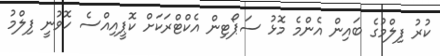
ކުރު ފިލްމުގެ ބައިން އެންމެ މޮޅު ސަޕޯޓިން އެކްޓްރަކަށް ކޮޕީއިއްސެ ހޮވުނީ ފިލްމު